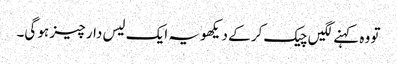
تو وہ کہنے لگیں چیک کر کے دیکھو یہ ایک لیس دار چیز ہو گی۔